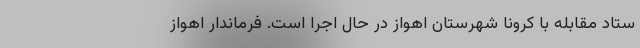
ستاد مقابله با کرونا شهرستان اهواز در حال اجرا است. فرماندار اهواز